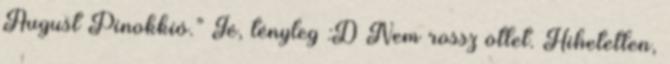
August Pinokkió.” Jé, tényleg :D Nem rossz ötlet. Hihetetlen,